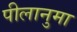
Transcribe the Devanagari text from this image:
पीलानुमा